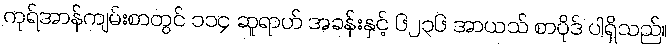
ကုရ်အာန်ကျမ်းစာတွင် ၁၁၄ ဆူရာဟ် အခန်းနှင့် ၆၂၃၆ အာယသ် စာပိုဒ် ပါရှိသည်။